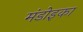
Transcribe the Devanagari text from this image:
मंडोइका